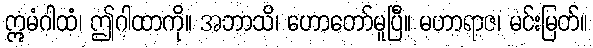
ဣမံဂါထံ၊ ဤဂါထာကို။ အဘာသိ၊ ဟောတော်မူပြီ။ မဟာရာဇ၊ မင်းမြတ်။